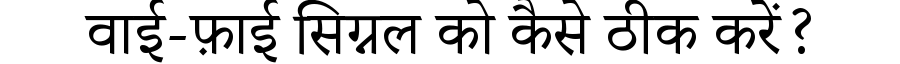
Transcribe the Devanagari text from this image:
वाई-फ़ाई सिग्नल को कैसे ठीक करें?